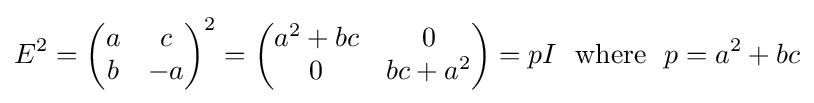
E^{2}={\begin{pmatrix}a&c\\b&-a\end{pmatrix}}^{2}={\begin{pmatrix}a^{2}+bc&0\\0&bc+a^{2}\end{pmatrix}}=pI\ \ {\text{where}}\ \ p=a^{2}+bc